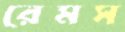
রেমস